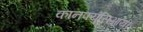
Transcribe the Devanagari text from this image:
कानफ्युसिआयी